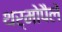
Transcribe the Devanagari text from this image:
थर्मोपैले